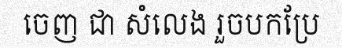
ចេញ ជា សំលេង រួចបកប្រែ